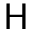
\sf H